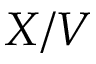
X / V